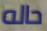
حاله